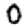
Digit: 0